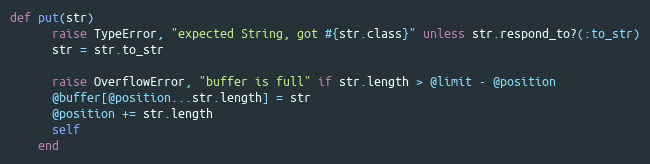
Language: Ruby
def put(str)
      raise TypeError, "expected String, got #{str.class}" unless str.respond_to?(:to_str)
      str = str.to_str

      raise OverflowError, "buffer is full" if str.length > @limit - @position
      @buffer[@position...str.length] = str
      @position += str.length
      self
    end